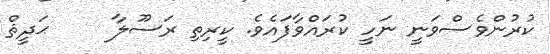
ކުރުންވެސްވަނީ ނަހީ ކުރައްވާފައެވެ. ކީރިތި ރަސޫލާ     ޙަދީޘް